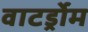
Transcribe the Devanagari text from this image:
वाटर्ड्रोम